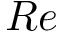
R e